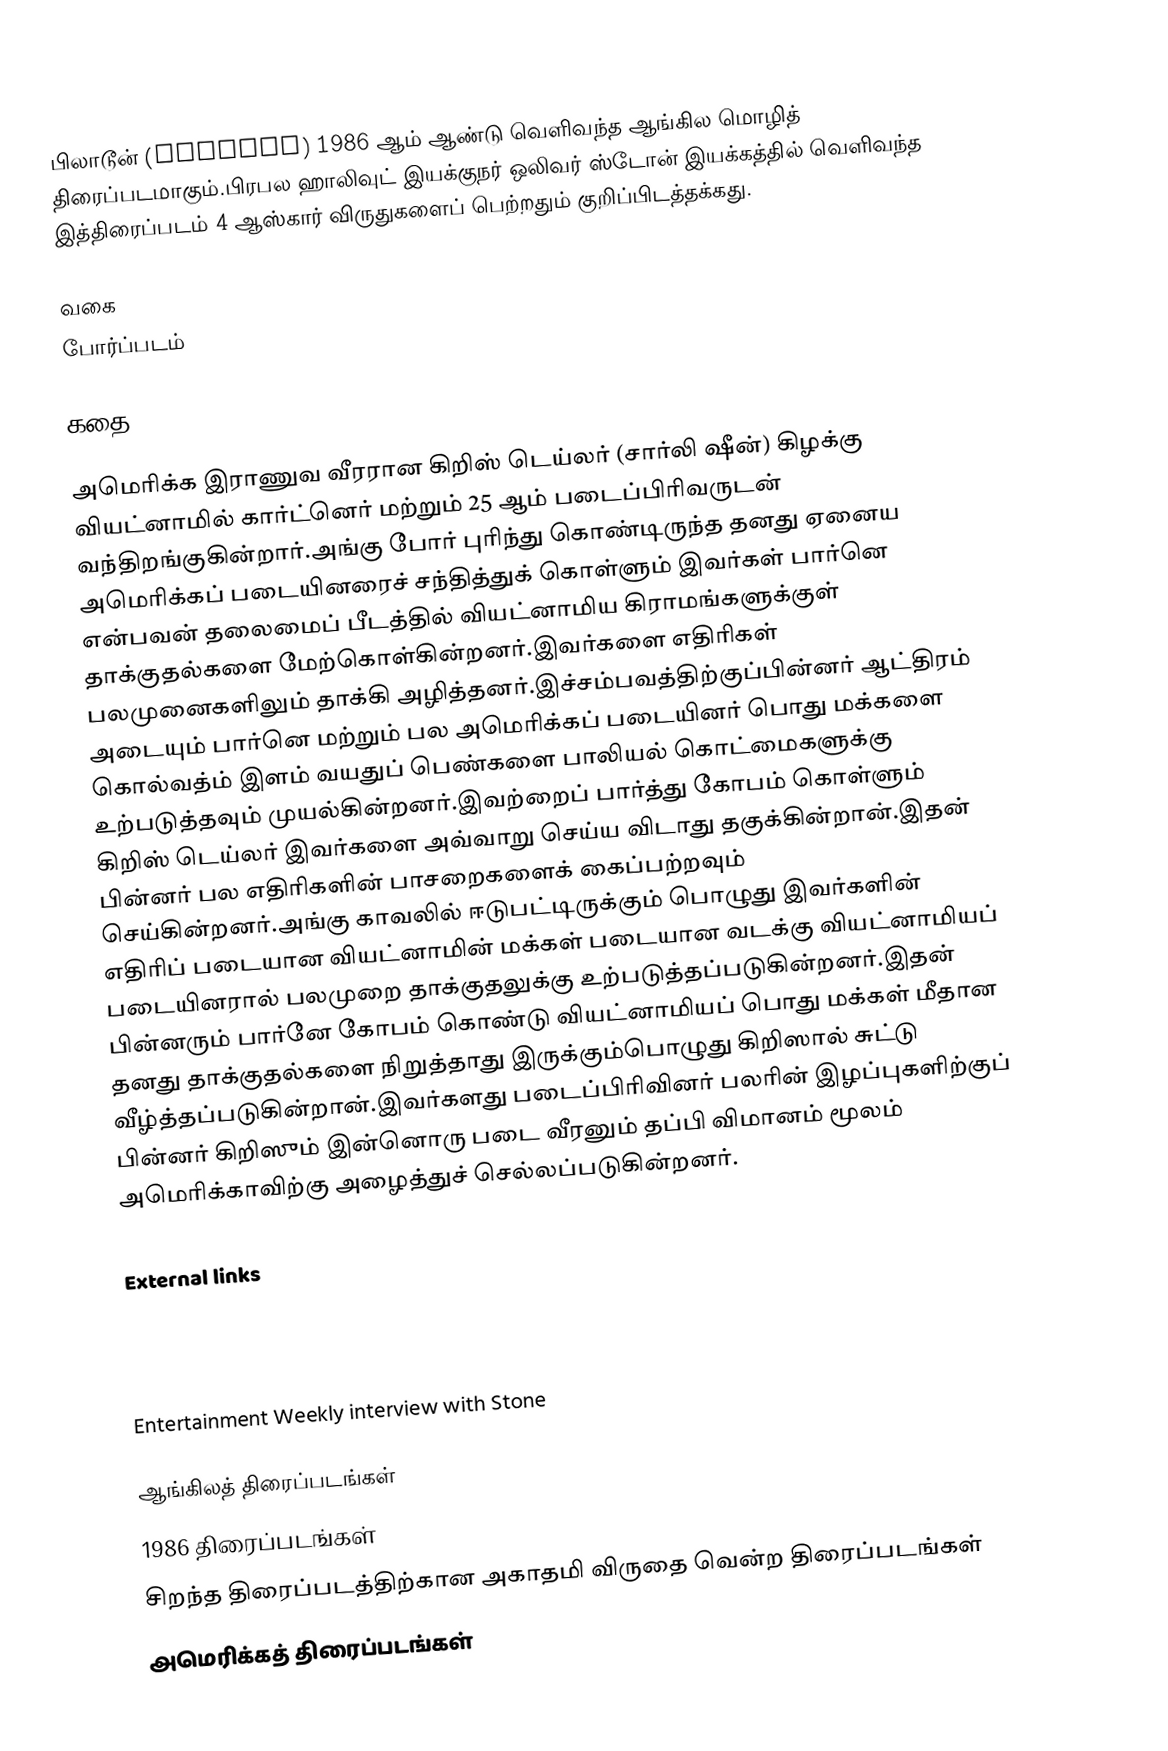
பிலாடூன் (Platoon) 1986 ஆம் ஆண்டு வெளிவந்த ஆங்கில மொழித் திரைப்படமாகும்.பிரபல ஹாலிவுட் இயக்குநர் ஒலிவர் ஸ்டோன் இயக்கத்தில் வெளிவந்த இத்திரைப்படம் 4 ஆஸ்கார் விருதுகளைப் பெற்றதும் குறிப்பிடத்தக்கது.

வகை
போர்ப்படம்

கதை

அமெரிக்க இராணுவ வீரரான கிறிஸ் டெய்லர் (சார்லி ஷீன்) கிழக்கு வியட்னாமில் கார்ட்னெர் மற்றும் 25 ஆம் படைப்பிரிவருடன் வந்திறங்குகின்றார்.அங்கு போர் புரிந்து கொண்டிருந்த தனது ஏனைய அமெரிக்கப் படையினரைச் சந்தித்துக் கொள்ளும் இவர்கள் பார்னெ என்பவன் தலைமைப் பீடத்தில் வியட்னாமிய கிராமங்களுக்குள் தாக்குதல்களை மேற்கொள்கின்றனர்.இவர்களை எதிரிகள் பலமுனைகளிலும் தாக்கி அழித்தனர்.இச்சம்பவத்திற்குப்பின்னர் ஆட்திரம் அடையும் பார்னெ மற்றும் பல அமெரிக்கப் படையினர் பொது மக்களை கொல்வத்ம் இளம் வயதுப் பெண்களை பாலியல் கொட்மைகளுக்கு உற்படுத்தவும் முயல்கின்றனர்.இவற்றைப் பார்த்து கோபம் கொள்ளும் கிறிஸ் டெய்லர் இவர்களை அவ்வாறு செய்ய விடாது தகுக்கின்றான்.இதன் பின்னர் பல எதிரிகளின் பாசறைகளைக் கைப்பற்றவும் செய்கின்றனர்.அங்கு காவலில் ஈடுபட்டிருக்கும் பொழுது இவர்களின் எதிரிப் படையான வியட்னாமின் மக்கள் படையான வடக்கு வியட்னாமியப் படையினரால் பலமுறை தாக்குதலுக்கு உற்படுத்தப்படுகின்றனர்.இதன் பின்னரும் பார்னே கோபம் கொண்டு வியட்னாமியப் பொது மக்கள் மீதான தனது தாக்குதல்களை நிறுத்தாது இருக்கும்பொழுது கிறிஸால் சுட்டு வீழ்த்தப்படுகின்றான்.இவர்களது படைப்பிரிவினர் பலரின் இழப்புகளிற்குப் பின்னர் கிறிஸும் இன்னொரு படை வீரனும் தப்பி விமானம் மூலம் அமெரிக்காவிற்கு அழைத்துச் செல்லப்படுகின்றனர்.

External links

 Entertainment Weekly interview with Stone

ஆங்கிலத் திரைப்படங்கள்
1986 திரைப்படங்கள்
சிறந்த திரைப்படத்திற்கான அகாதமி விருதை வென்ற திரைப்படங்கள்
அமெரிக்கத் திரைப்படங்கள்